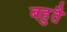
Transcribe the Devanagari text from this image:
बहुतै